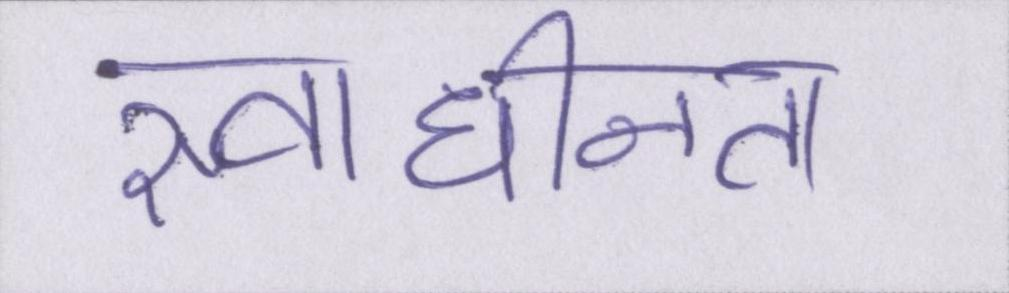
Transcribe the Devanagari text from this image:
स्वाधीनता